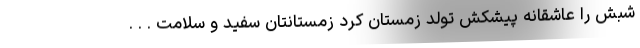
شبش را عاشقانه پیشکش تولد زمستان کرد زمستانتان سفید و سلامت . . .